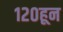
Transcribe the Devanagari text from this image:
१२०हून